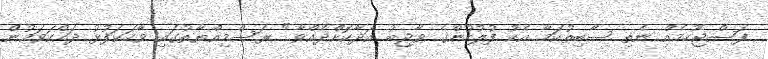
ފަސްޖެހުމެއް ނެތި ސާބިތުކަމާ އެކު ފުލުހުންގެ ވާޖިބު އަދާކޮށްދެއްވާ." ރަސްމިއްޔާތުގައި ވާހަކަފުޅު ދައްކަވަމުން